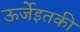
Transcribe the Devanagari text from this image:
ऊर्जेइतकी